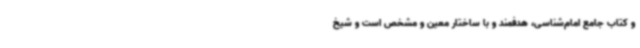
و کتاب جامع امام‌شناسی، هدفمند و با ساختار معین و مشخص است و شیخ